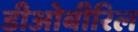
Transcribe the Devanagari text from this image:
डीओबीरिल